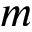
m